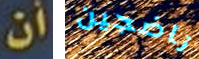
أن ناضجين